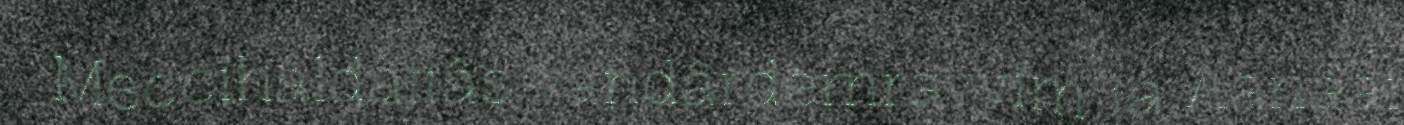
Meccihaldâttâs vandârdemravvim já Aanaar